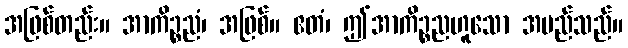
အဖြစ်တည်း။ အာကိဉ္စညံ၊ အဖြစ်။ ဧတံ၊ ဤအာကိဉ္စညဟူသော အမည်သည်။